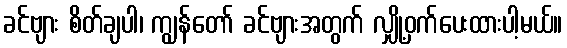
ခင်ဗျား စိတ်ချပါ၊ ကျွန်တော် ခင်ဗျားအတွက် လျှို့ဝှက်ပေးထားပါ့မယ်။